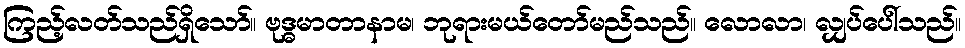
ကြည့်လတ်သည်ရှိသော်။ ဗုဒ္ဓမာတာနာမ၊ ဘုရားမယ်တော်မည်သည်။ လောလာ၊ လျှပ်ပေါ်သည်။